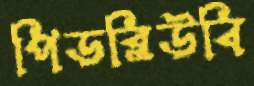
পিডব্লিউবি